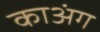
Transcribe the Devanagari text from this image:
काअंग